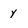
Character: y